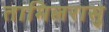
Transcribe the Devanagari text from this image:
तामिलरासु